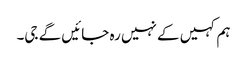
ہم کہیں کے نہیں رہ جائیں گے جی۔